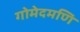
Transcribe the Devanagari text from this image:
गोमेदमणि